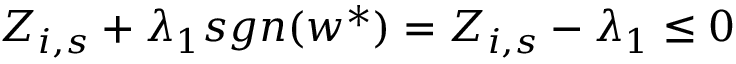
Z _ { i , s } + \lambda _ { 1 } s g n ( w ^ { \ast } ) = Z _ { i , s } - \lambda _ { 1 } \leq 0